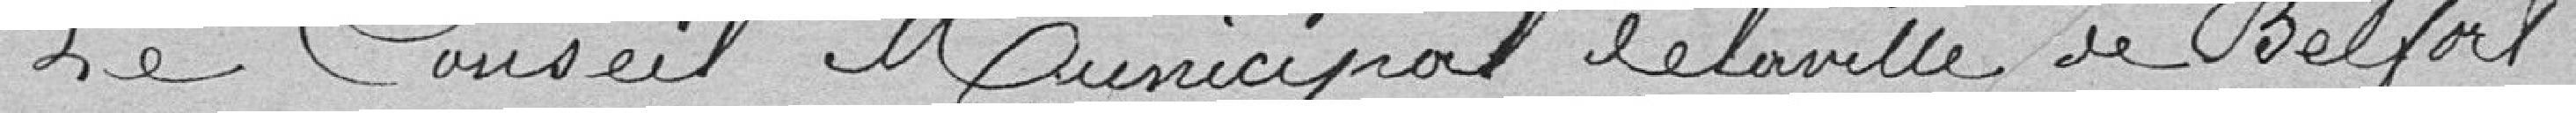
Le Conseil Municipal de la ville de Belfort,